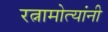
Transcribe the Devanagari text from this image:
रत्नामोत्यांनी